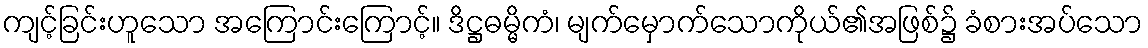
ကျင့်ခြင်းဟူသော အကြောင်းကြောင့်။ ဒိဋ္ဌဓမ္မိကံ၊ မျက်မှောက်သောကိုယ်၏အဖြစ်၌ ခံစားအပ်သော